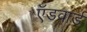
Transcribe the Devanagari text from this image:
ऍडवार्ड